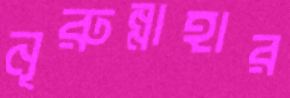
নূরুন্নাহার